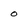
Character: 0